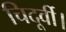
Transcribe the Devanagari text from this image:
चिदूर्वी।